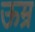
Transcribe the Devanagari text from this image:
ऊम्र